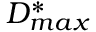
D _ { m a x } ^ { * }